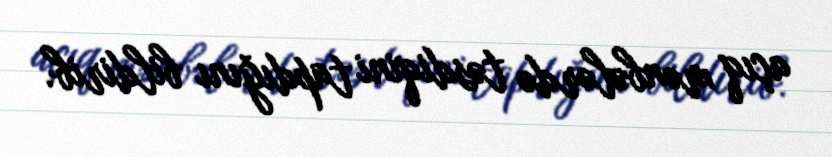
açıq mənbələrdə təsdiqini tapdığını bildirib.